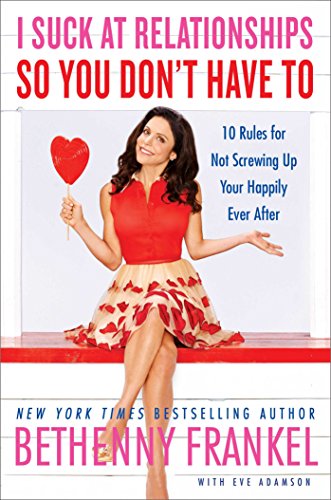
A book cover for I Suck at Relationships So You Don't Have To: 10 Rules for Not Screwing Up Your Happily Ever After; Bethenny Frankel; Self-Help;